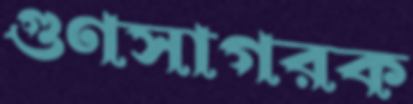
গুণসাগরক